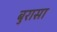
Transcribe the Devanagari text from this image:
बुरासा